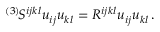
{ } ^ { ( 3 ) } \! S ^ { i j k l } u _ { i j } u _ { k l } = R ^ { i j k l } u _ { i j } u _ { k l } \, .